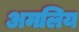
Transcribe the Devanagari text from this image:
अमलिय